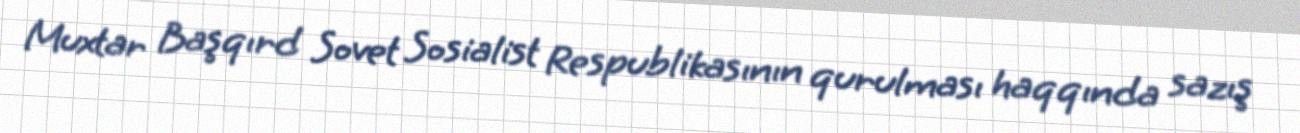
Muxtar Başqırd Sovet Sosialist Respublikasının qurulması haqqında sazış